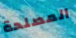
المصلحة